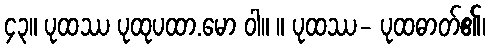
၄၃။ ပုထဿ ပုထုပထာ.မော ဝါ။ ။ ပုထဿ- ပုထဓာတ်၏၊